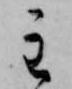
主